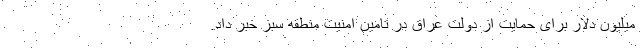
میلیون دلار برای حمایت از دولت عراق در تامین امنیت منطقه سبز خبر داد.